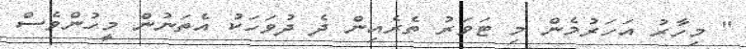
" މިހާރު އަހަރުމެން މި ޓަވަރު ތެރެއިން ދެ ދުވަހަކު އެތަނުން މީހުންވެސް